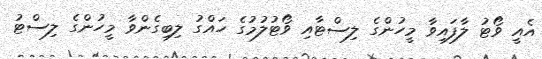
އެއީ ވޯޓު ލާފައިވާ މީހުންގެ ލިސްޓާއި ވޯޓުލުމުގެ ހައްގު ލިބިގެންވާ މީހުންގެ ލިސްޓު